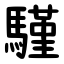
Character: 騹